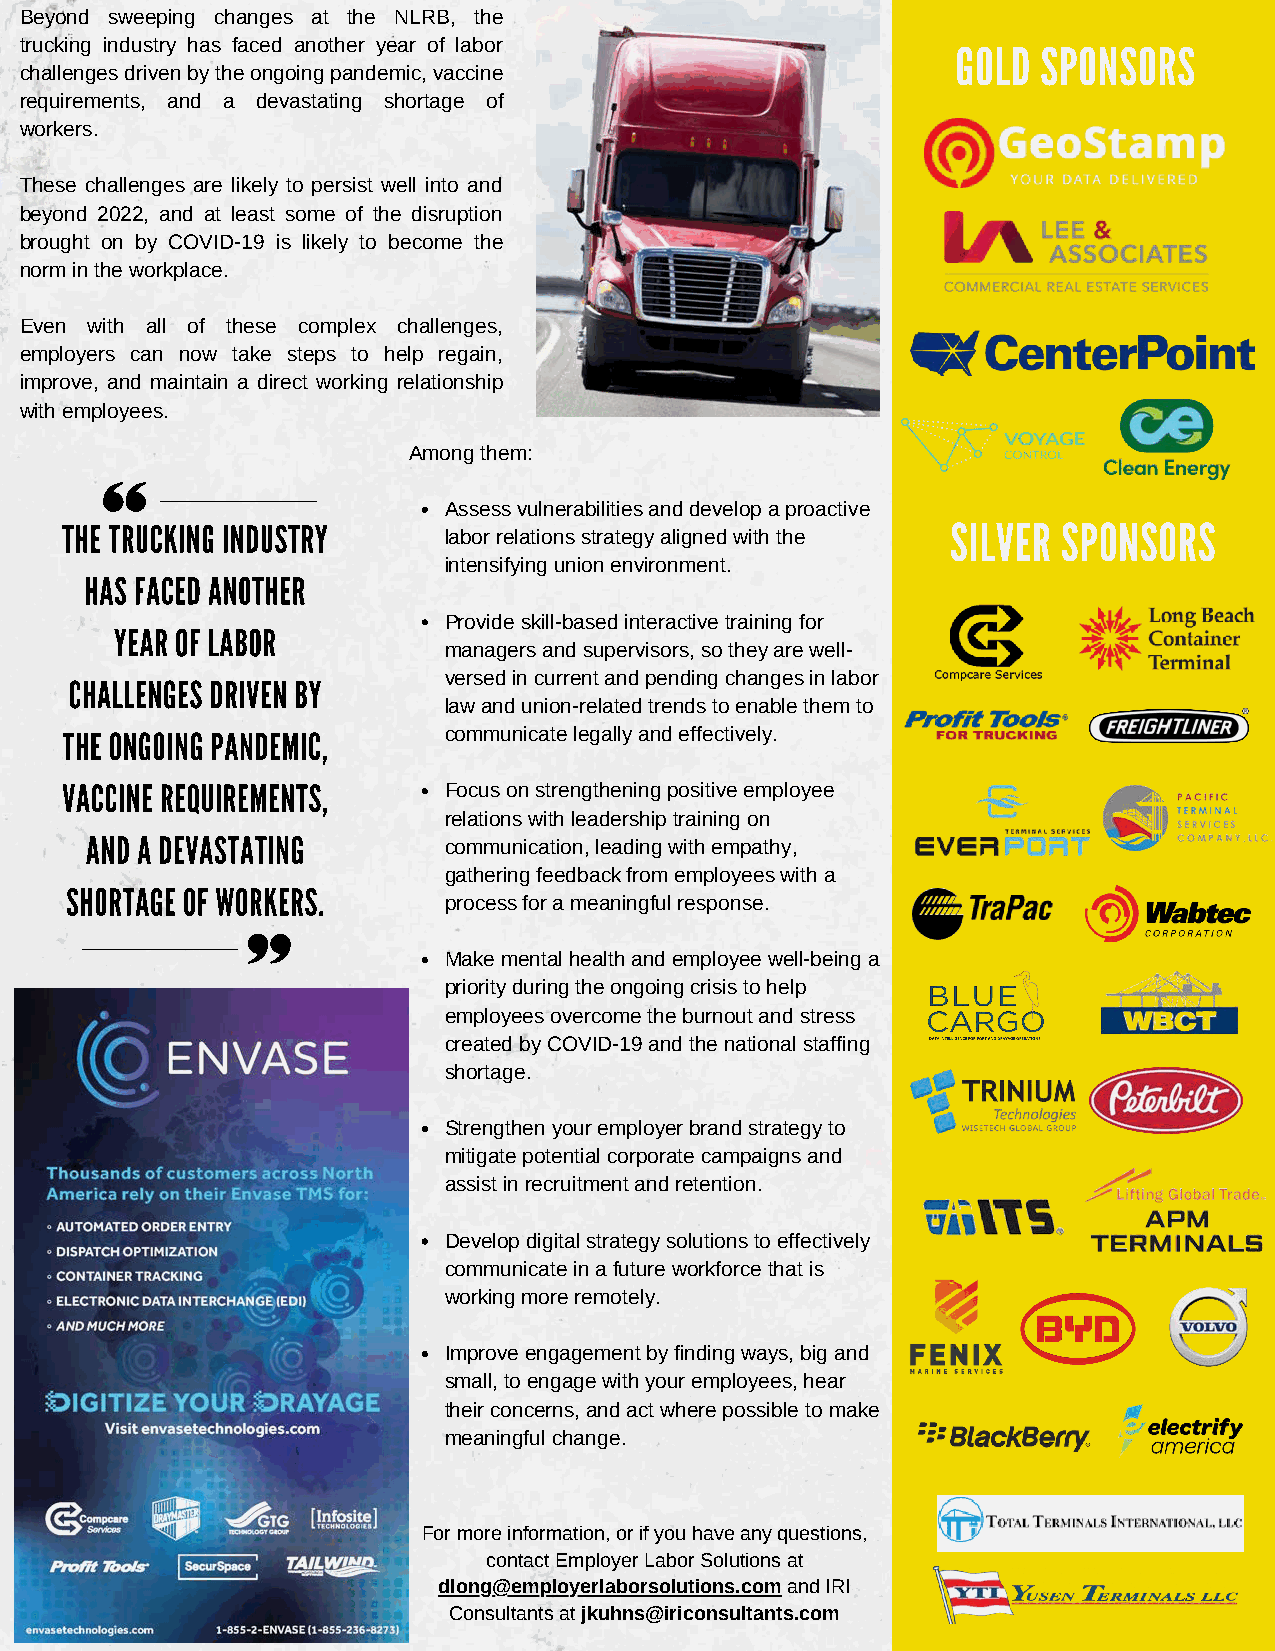
Beyond sweeping changes at the NLRB, the
 trucking industry has faced another year of labor             GOLD  SPONSORS
 challenges driven by the ongoing pandemic, vaccine
 requirements, and a devastating shortage of
 workers.
 These challenges are likely to persist well into and
 beyond 2022, and at least some of the disruption
 brought on by COVID-19 is likely to become the
 norm in the workplace.
 Even with all of these complex challenges,
 employers can now take steps to help regain,
 improve, and maintain a direct working relationship
 with employees.
 Among them:
 Assess vulnerabilities and develop a proactive
 SILVER SPONSORS
 THE TRUCKING INDUSTRY
 labor relations strategy aligned with the
 intensifying union environment.
 HAS FACED ANOTHER
 Provide skill-based interactive training for
 YEAR OF LABOR
 managers and supervisors, so they are well-
 CHALLENGES DRIVEN BY    versed in current and pending changes in labor
 law and union-related trends to enable them to
 THE ONGOING PANDEMIC,    communicate legally and effectively.
 VACCINE REQUIREMENTS,
 Focus on strengthening positive employee
 relations with leadership training on
 AND A DEVASTATING
 communication, leading with empathy,
 gathering feedback from employees with a
 SHORTAGE OF WORKERS.
 process for a meaningful response.
 Make mental health and employee well-being a
 priority during the ongoing crisis to help
 employees overcome the burnout and stress
 created by COVID-19 and the national staffing
 shortage.
 Strengthen your employer brand strategy to
 mitigate potential corporate campaigns and
 assist in recruitment and retention.
 Develop digital strategy solutions to effectively
 communicate in a future workforce that is
 working more remotely.
 Improve engagement by finding ways, big and
 small, to engage with your employees, hear
 their concerns, and act where possible to make
 meaningful change.
 For more information, or if you have any questions,
 contact Employer Labor Solutions at
 dlong@employerlaborsolutions.com and IRI
 Consultants at jkuhns@iriconsultants.com